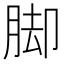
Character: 脚